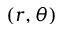
( r , \theta )